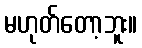
မဟုတ်တော့ဘူး။